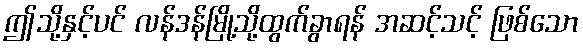
ဤသို့နှင့်ပင် လန်ဒန်မြို့သို့ထွက်ခွာရန် အဆင့်သင့် ဖြစ်သော